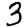
Digit: 3